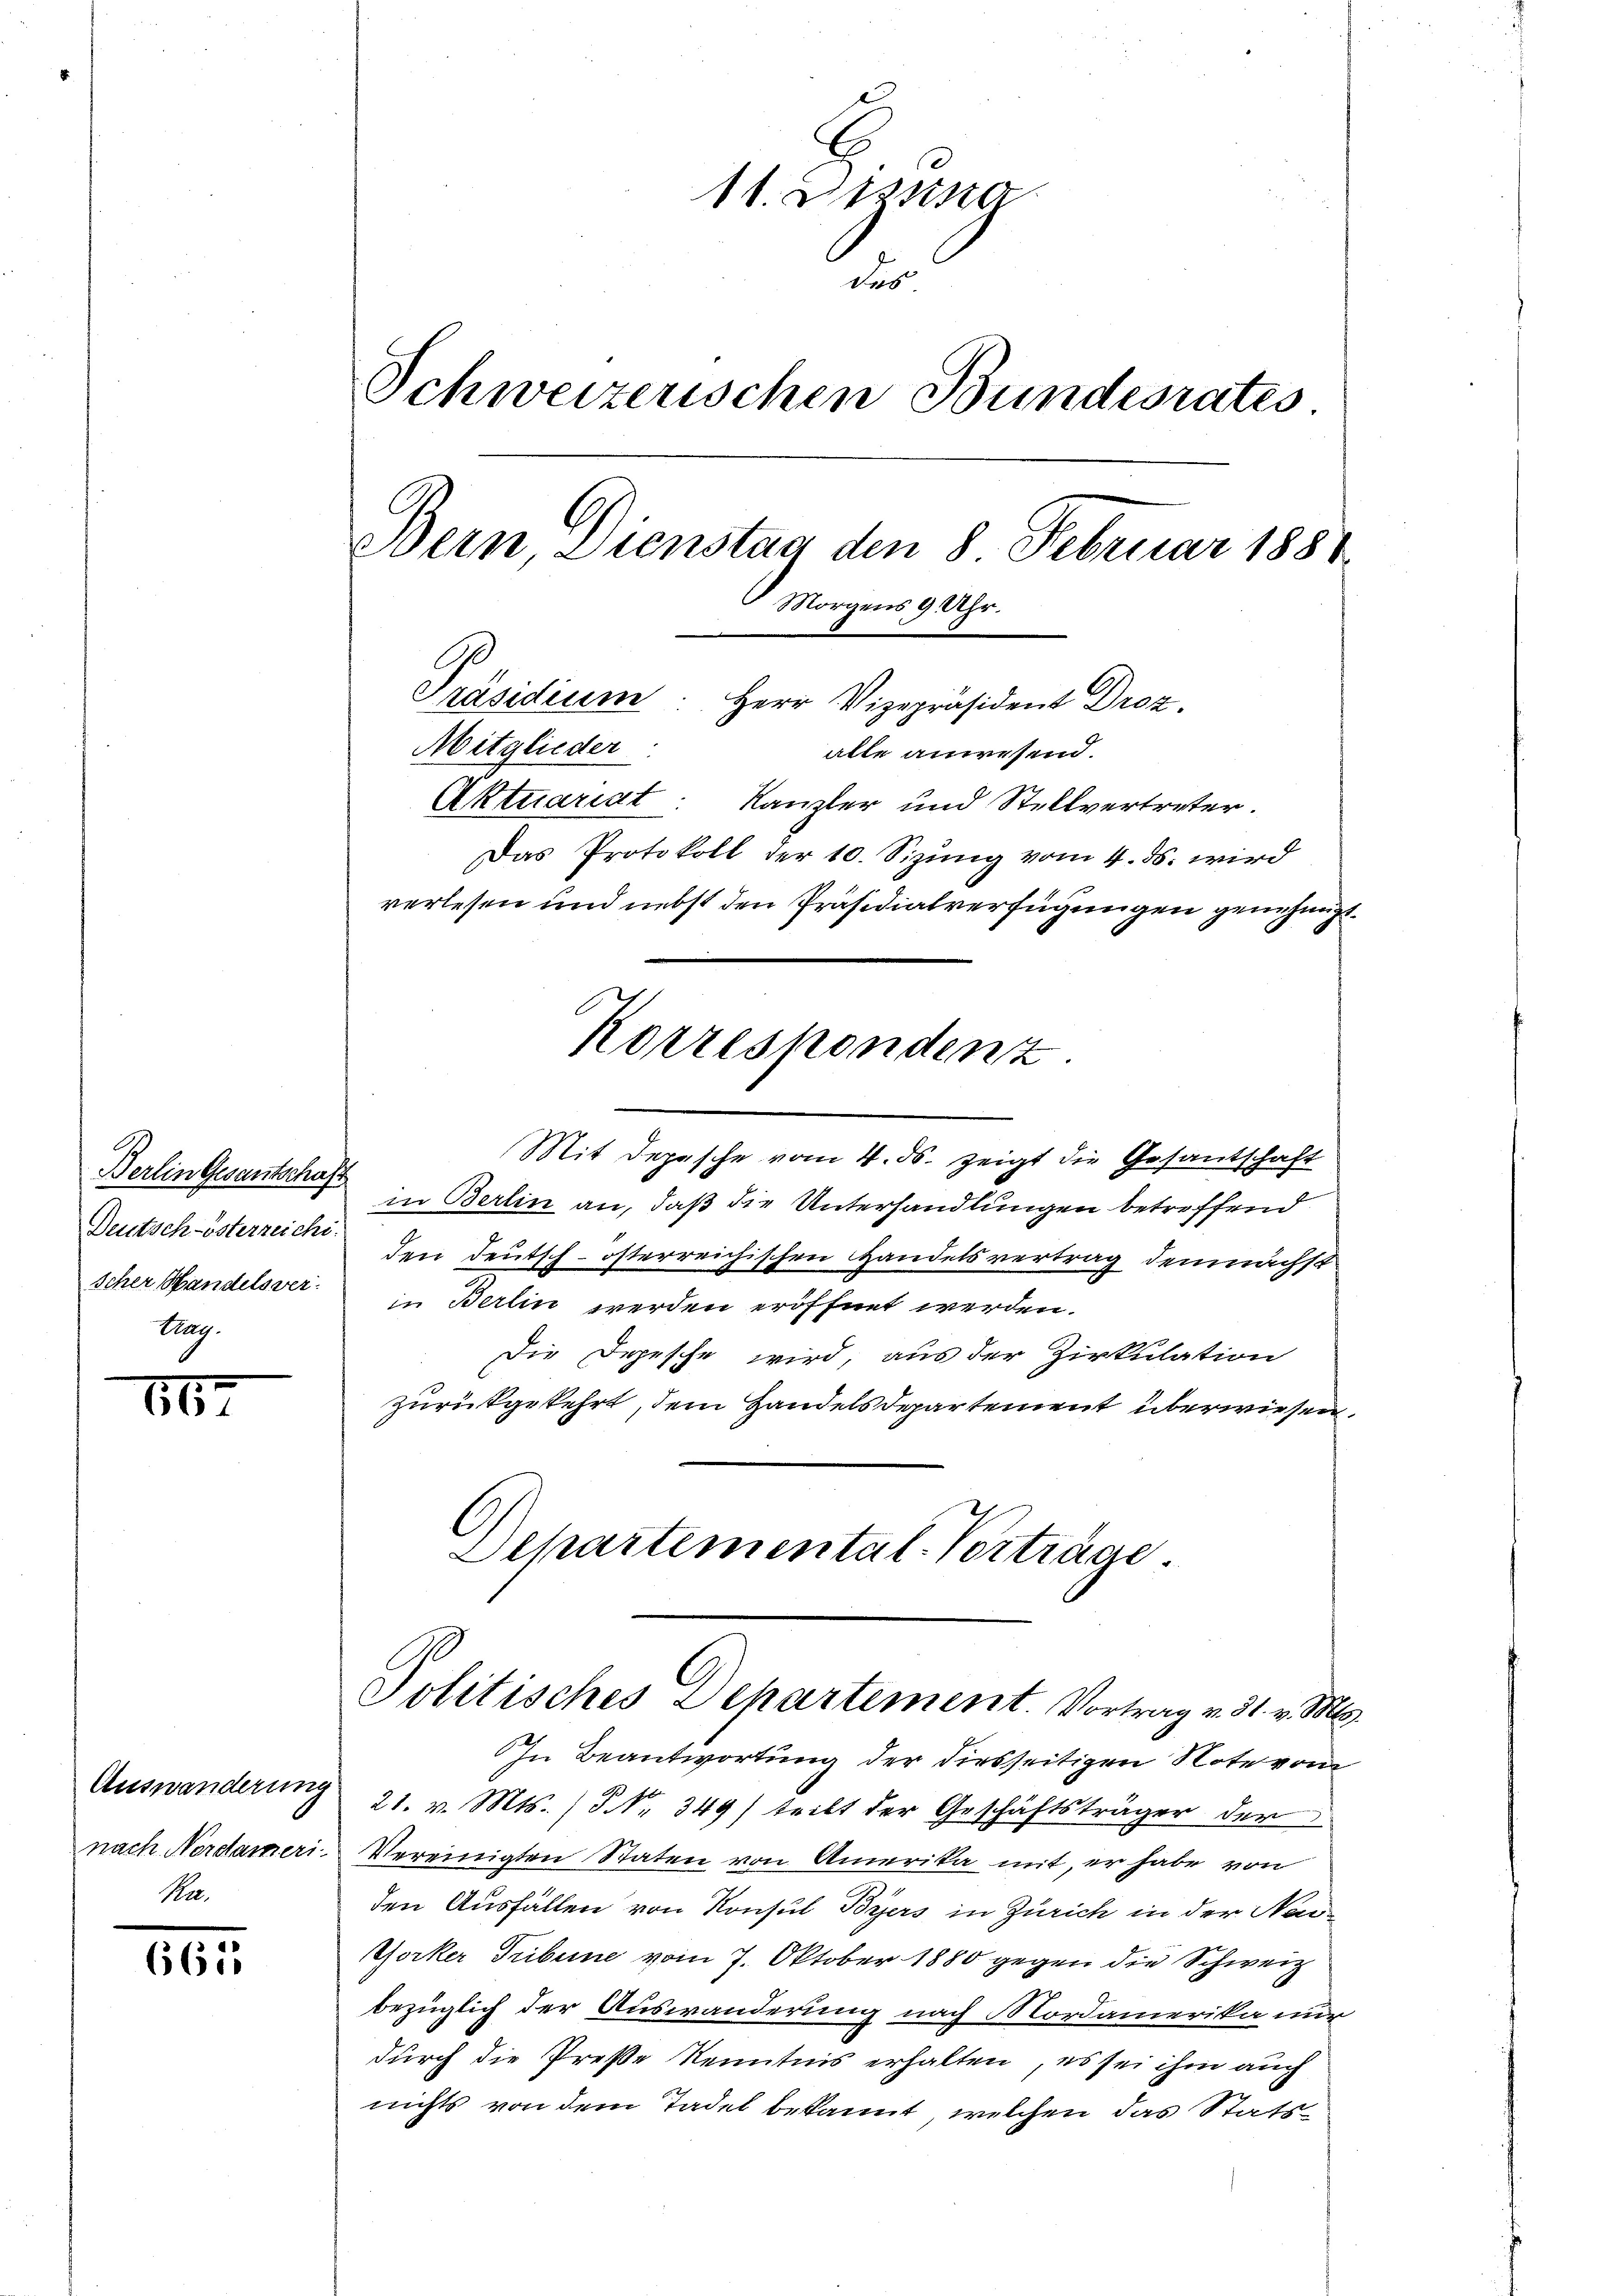
scher Handels ver
tag.

1867

Auswanderung
Ma

6615

1. 22ste
des
Schweizerischen Bundesrates
Dein Dienstag den 8. Februar 1881
Morgens 9 Uhr.
Präsidium. Herr Vizepräsident Droz.
Mitglieder.
alle anwesend.
Aktuariat: Kanzler und Stellvertreter.
Das Protokoll der 10. Sizŭng vom 4. ds. wird
verlesen und nebst den Präsidialverfügungen genehmigt.
Korrespondenz

Mit Depesche vom 4. ds. zeigt die Gesantschaft
Berlin Gesantschaft in Berlin an, daß die Unterhandlungen betreffend
Deutsch-österreicht den Deutsch-österreichischen Handelsvertrag demnächst
in Berlin werden eröffnet werden.
Die Depesche wird, aus der Zirkulation
zurückgekehrt, dem Handelsdepartement überwiesen,
Departemental-Vorträge.

In Beantwortung der diesseitigen Note vom
21. v. Mts. ) Nr. 349) teilt der Geschäftsträger der
nach Nordameri. Vereinigten Staten von Amerika mit, er habe von
den Ausfällen von Konsul Byers in Zürich in der Noocker Tribune vom 7. Oktober 1880 gegen die Schweiz
bezüglich der Auswanderung nach Mordamerika nur
durch die Preße Kenntnis erhalten, es sei ihm auch
nichts von dem Tadel bekannt, welchen das Stats

Politisches Departement. Vortrag v. 31. v. M.